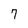
Character: 7